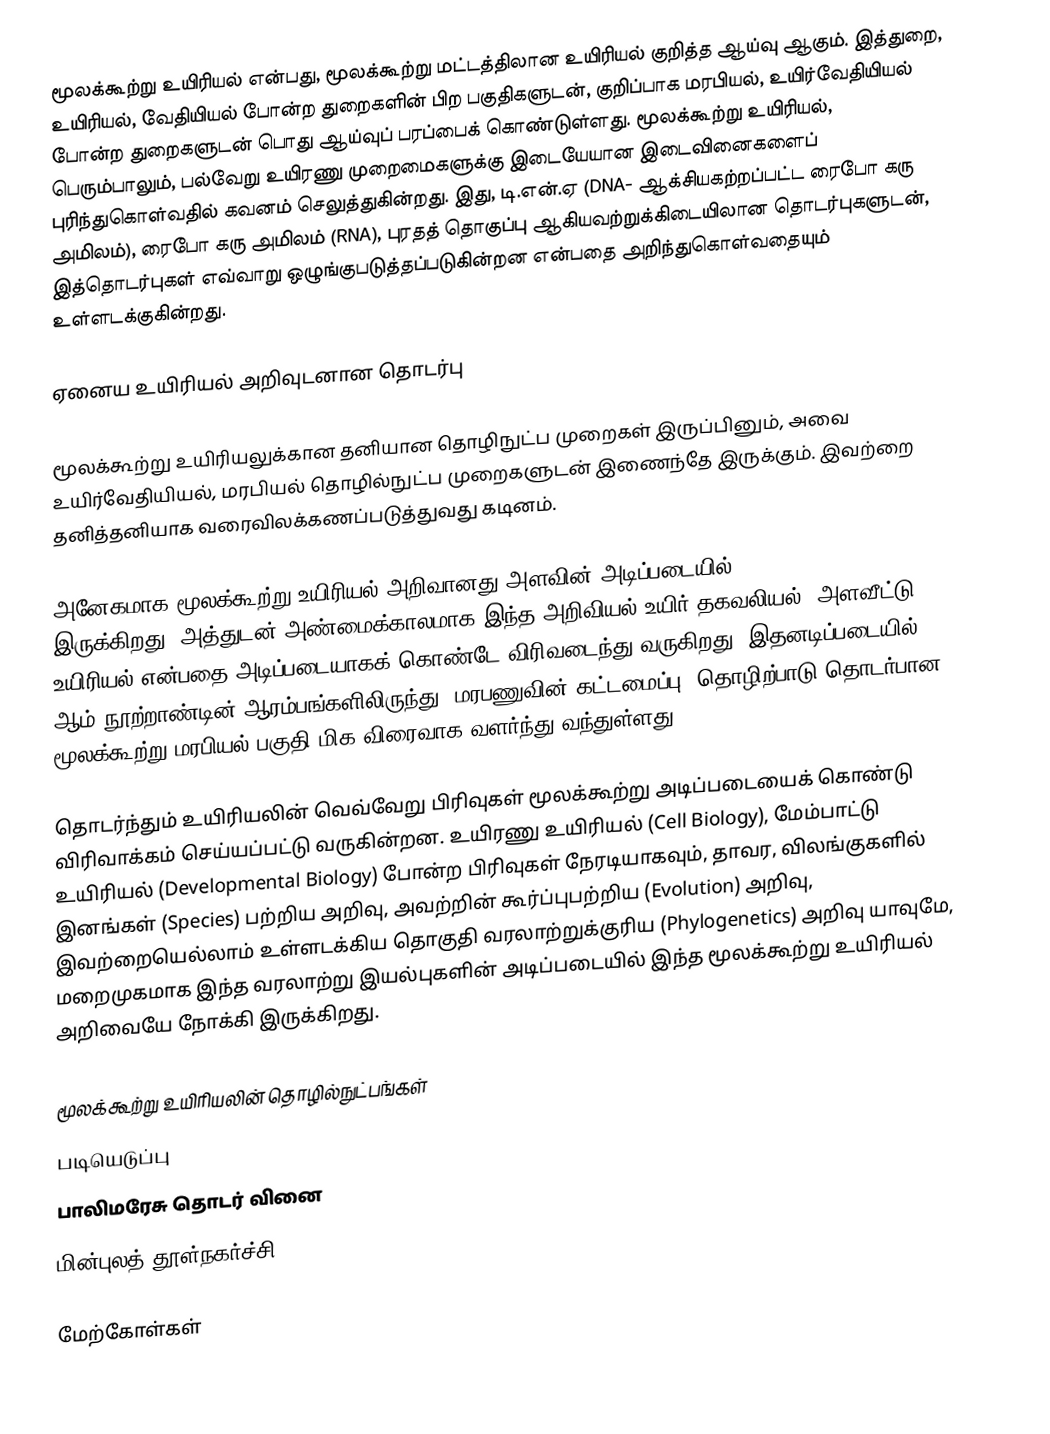
மூலக்கூற்று உயிரியல் என்பது, மூலக்கூற்று மட்டத்திலான உயிரியல் குறித்த ஆய்வு ஆகும். இத்துறை, உயிரியல், வேதியியல் போன்ற துறைகளின் பிற பகுதிகளுடன், குறிப்பாக மரபியல், உயிர்வேதியியல் போன்ற துறைகளுடன் பொது ஆய்வுப் பரப்பைக் கொண்டுள்ளது. மூலக்கூற்று உயிரியல், பெரும்பாலும், பல்வேறு உயிரணு முறைமைகளுக்கு இடையேயான இடைவினைகளைப் புரிந்துகொள்வதில் கவனம் செலுத்துகின்றது. இது, டி.என்.ஏ (DNA- ஆக்சியகற்றப்பட்ட ரைபோ கரு அமிலம்), ரைபோ கரு அமிலம் (RNA), புரதத் தொகுப்பு ஆகியவற்றுக்கிடையிலான தொடர்புகளுடன், இத்தொடர்புகள் எவ்வாறு ஒழுங்குபடுத்தப்படுகின்றன என்பதை அறிந்துகொள்வதையும் உள்ளடக்குகின்றது.

ஏனைய உயிரியல் அறிவுடனான தொடர்பு

மூலக்கூற்று உயிரியலுக்கான தனியான தொழிநுட்ப முறைகள் இருப்பினும், அவை உயிர்வேதியியல், மரபியல் தொழில்நுட்ப முறைகளுடன் இணைந்தே இருக்கும். இவற்றை தனித்தனியாக வரைவிலக்கணப்படுத்துவது கடினம்.

அனேகமாக மூலக்கூற்று உயிரியல் அறிவானது அளவின் அடிப்படையில் (quatitative) இருக்கிறது. அத்துடன் அண்மைக்காலமாக இந்த அறிவியல் உயிர் தகவலியல், அளவீட்டு உயிரியல் என்பதை அடிப்படையாகக் கொண்டே விரிவடைந்து வருகிறது. இதனடிப்படையில், 21 ஆம் நூற்றாண்டின் ஆரம்பங்களிலிருந்து, மரபணுவின் கட்டமைப்பு, தொழிற்பாடு தொடர்பான மூலக்கூற்று மரபியல் பகுதி மிக விரைவாக வளர்ந்து வந்துள்ளது.

தொடர்ந்தும் உயிரியலின் வெவ்வேறு பிரிவுகள் மூலக்கூற்று அடிப்படையைக் கொண்டு விரிவாக்கம் செய்யப்பட்டு வருகின்றன. உயிரணு உயிரியல் (Cell Biology), மேம்பாட்டு உயிரியல் (Developmental Biology) போன்ற பிரிவுகள் நேரடியாகவும், தாவர, விலங்குகளில் இனங்கள் (Species) பற்றிய அறிவு, அவற்றின் கூர்ப்புபற்றிய (Evolution) அறிவு, இவற்றையெல்லாம் உள்ளடக்கிய தொகுதி வரலாற்றுக்குரிய (Phylogenetics) அறிவு யாவுமே, மறைமுகமாக இந்த வரலாற்று இயல்புகளின் அடிப்படையில் இந்த மூலக்கூற்று உயிரியல் அறிவையே நோக்கி இருக்கிறது.

மூலக்கூற்று உயிரியலின் தொழில்நுட்பங்கள்
 படியெடுப்பு
 பாலிமரேசு தொடர் வினை
 மின்புலத் தூள்நகர்ச்சி

மேற்கோள்கள்